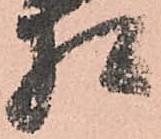
相